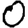
Digit: 0